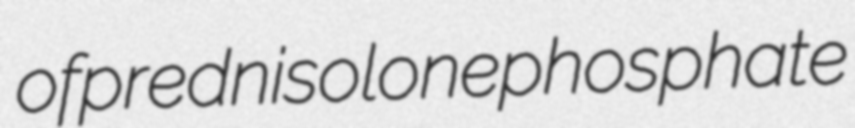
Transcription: of prednisolone phosphate